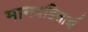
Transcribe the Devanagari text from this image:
मानवहितार्थ